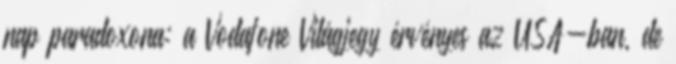
nap paradoxona: a Vodafone Világjegy érvényes az USA-ban, de